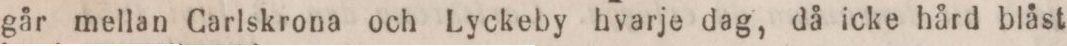
går mellan Carlskrona och Lyckeby hvarje dag, då icke hård blåst